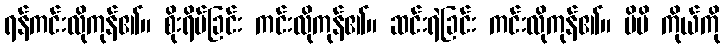
ရန်ကင်းလိုကုန်၏။ စိုးရိမ်ခြင်း ကင်းလိုကုန်၏။ ဆင်းရဲခြင်း ကင်းလိုကုန်၏။ မိမိ ကိုယ်ကို